Calcutta medical institutions reports 1871-78
Year: 1871
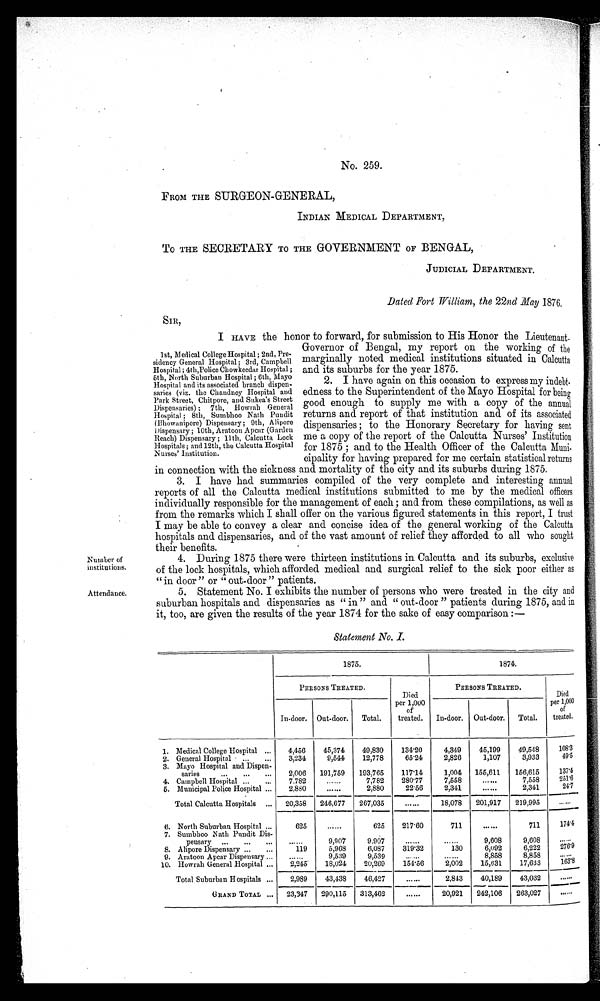
No. 259.
•
FROM THE SURGEON-GENERAL,
INDIAN MEDICAL DEPARTMENT,
To THE SECRETARY TO THE GOVERNMENT OF BENGAL,
JUDICIAL DEPARTMENT.
Dated Fort William, the 22nd May 1876.
SiR,
I HAVE the honor to forward, for submission to His Honor the Lieutenant.
15t, Medical College Hospital ; 2nd, Pre-
sidency General Hospital ; 3rd, Campbell
Hospital ; 4th,Police Chowkeedar Hospital ;
5th, North Suburban Hospital ; 6th, Mayo
Hospital and its associated branch dispen-
saries (viz. the Chandney Hospital and
Park Street, Chitpore, and Sukea's Street
Dispensaries) ; 7th, Howrah General
Hospital ; 8th, Sumbhoo Nath Pundit
(13howanipore) Dispensary ; 9th, Alipore
)ispensary ; 10th, Aratoon Apcar (Garden
Beach) Dispensary ; 11th, Calcutta Lock
Hospitals ; and 12th, the Calcutta Hospital
Nurses' Institution.
Governor of Bengal, my report on the working of the
marginally noted medical institutions situated in Calcutta
and its suburbs for the year 1875.
2. I have again on this occasion to express my indebt-
edness to the Superintendent of the Mayo Hospital for being
good enough to supply me with a copy of the annual
returns and report of that institution and of its associated
dispensaries ; to the Honorary Secretary for having sent
me a copy of the report of the Calcutta Nurses' Institution
for 1875 ; and to the Health Officer of the Calcutta Muni-
cipality for having prepared for me certain statistical rRfirruR
in connection with the sickness and mortality of the city and its suburbs during 1875.
3. I have had summaries compiled of the very complete and interesting annual
reports of all the Calcutta medical institutions submitted to me by the medical officers
individually responsible for the management of each ; and from these compilations, as well as
from the remarks which I shall offer on the various figured statements in this report, I trust
I may be able to convey a clear and concise idea of the general working of the Calcutta
hospitals and dispensaries, and of the vast amount of relief they afforded to all who sought
their benefits.
4. During 1875 there were thirteen institutions in. Calcutta and its suburbs, exclusive
of the lock hospitals, which afforded medical and surgical relief to the sick poor either as
" in door " or " out-door " patients.
5. Statement No. I exhibits the number of persons who were treated in the city and
suburban hospitals and dispensaries as " in " and " out-door " patients during 1875, and in
it, too, are given the results of the year 1874 for the sake of easy comparison :-
Statement No. I.
1875.
1874.
PERSONS TREATED.
Died
per 1,000
of
treated.
PERSONS TREATED.
Died
per 1,000
of
treated.
Indoor. Out-door.
Total.
In-door.
Out-door.
Total.
1. Medical College Hospital ...
4,456
45,374
49,830
134'20
4,349
45,199
49,548
109'3
2. General Hospital • ...
...
3,234
9,544
12,778
65'24
2,826
1,107
3,933
49'5
3. Mayo Hospital and Dispen-
saries
...
...
...
2,006
191,759
193,765
117'14
1,004
155,611
156,615
137'4
4. Campbell Hospital ...
...
7,782
......
7,782
280'77
7,558
•. • 9.0
7,558
251'6
5. Municipal Police Hospital ...
2,800
......
2,880
22'56
........n.( .n•n•n•
2,311
•nn••n•nn•••
......
2,341
24'7
............n •n•
Total Calcutta Hospitals ...
20,358
246,677
267,035
......
18,078
201,917
219,995
....••
6. North Suburban Hospital ...
625
......
625
217'60
711
....••
711
174'4
7. Sumbhoo Nadi Pundit Dis-
pensary
.
,,
9,007
9.907
••• •••
•• • • .•
9,608
9,608
.....•
...
„.
...
S. Alipore Dispensary ...
...
119
5,968
6,087
319'32
130
6,u92
6,222
270.9
9. Aratoon Apcar Dispensary ..
. ... .
9,539
9,539
... •••
....
8,858
8,858
.• •..
10. Howrah General Hospital ..,
.......
18,024
20,269
154'56
'2,002
15,631
17,633
103'8
Total Suburban Hospitals ...
2,989
43,438
46,427
••"''
2,843
40,189
43,032
...•••
GRAND TOTAL ...
23,347
290,115
313,462
"' -
20,921
242,106
263,027
...•••